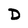
Character: D